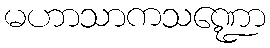
မဟာသာကသဏ္ဍော